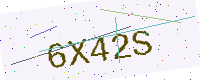
Text: 6X42S